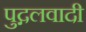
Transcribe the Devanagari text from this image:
पुद्गलवादी